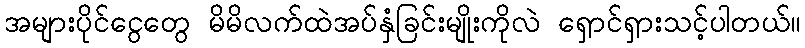
အများပိုင်ငွေတွေ မိမိလက်ထဲအပ်နှံခြင်းမျိုးကိုလဲ ရှောင်ရှားသင့်ပါတယ်။